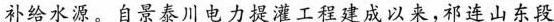
补给水源。自景泰川电力提灌工程建成以来，祁连山东段